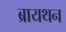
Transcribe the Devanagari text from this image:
ब्रायथन